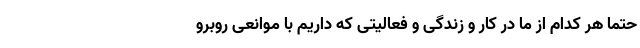
حتماً هر کدام از ما در کار و زندگی و فعالیتی که داریم با موانعی روبرو